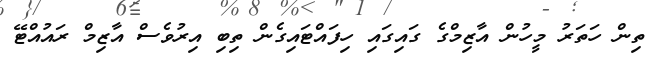
ތިން ހަތަރު މީހުން އާޒިމްގެ ގައިގައި ހިފައްޓައިގެން ތިބި އިރުވެސް އާޒިމް ރައުއްޓޭ